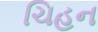
ચિહન